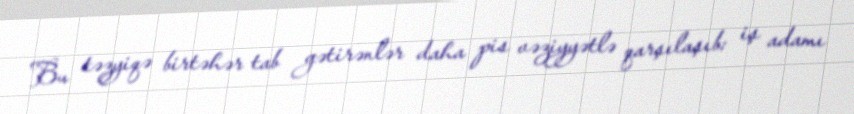
Bu təzyiqə birtəhər tab gətirənlər daha pis vəziyyətlə qarşılaşıb: iş adamı